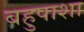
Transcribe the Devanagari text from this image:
बहुपाशा